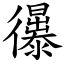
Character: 忁